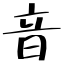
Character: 音